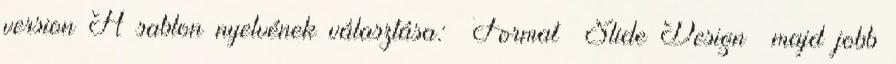
version A sablon nyelvének választása: Format Slide Design majd jobb